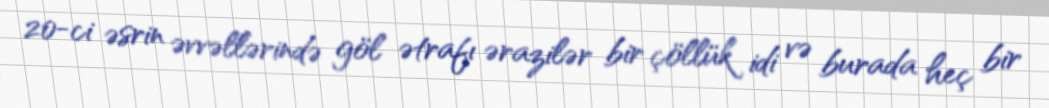
20-ci əsrin əvvəllərində göl ətrafı ərazilər bir çöllük idi və burada heç bir